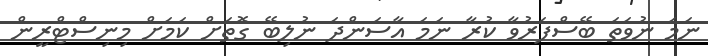
ނަމަ ނުވަތަ ބޭސްފަރުވާ ކުރާ ނަމަ އާސަންދަ ނުލިބޭ ގޮތަށް ކަމަށް މިނިސްޓްރީން